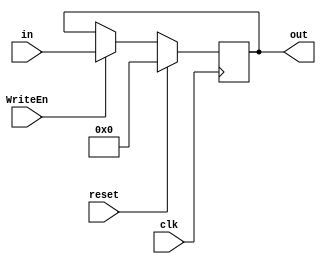
// positive edge-triggered register, with synchronous reset. 
// Pipeline flushing cannot work if the reset is asynchronous. 

module register  #(parameter LENGTH = 32) (out, in, WriteEn, clk, reset);

input [LENGTH-1:0] in;
output reg [LENGTH-1:0] out;
input wire clk, WriteEn, reset;

always@(posedge clk)
begin
if(reset)
  out <= 0;
else if(WriteEn)
  out <= in;
end 

endmodule